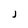
Character: J